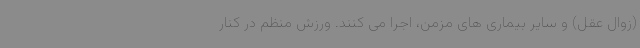
(زوال عقل) و سایر بیماری های مزمن، اجرا می کنند. ورزش منظم در کنار